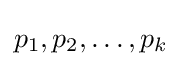
p_{1},p_{2},\dots ,p_{k}